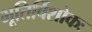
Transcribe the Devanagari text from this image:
भूतिर्विशोकः